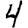
Digit: 4